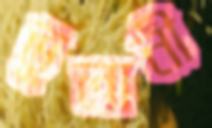
ভুলানী